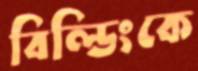
বিল্ডিংকে